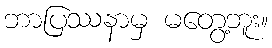
ဘာပြဿနာမှ မတွေ့ဘူး။